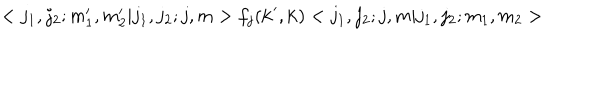
LaTeX: < j _ { 1 } , j _ { 2 } ; m _ { 1 } ^ { \prime } , m _ { 2 } ^ { \prime } | j _ { 1 } , j _ { 2 } ; j , m > f _ { j } ( { \bf k } ^ { \prime } , { \bf k } ) < j _ { 1 } , j _ { 2 } ; j , m | j _ { 1 } , j _ { 2 } ; m _ { 1 } , m _ { 2 } >